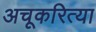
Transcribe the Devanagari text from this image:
अचूकरित्या